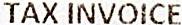
TAX INVOICE